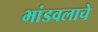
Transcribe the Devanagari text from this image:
भांडवलाचे